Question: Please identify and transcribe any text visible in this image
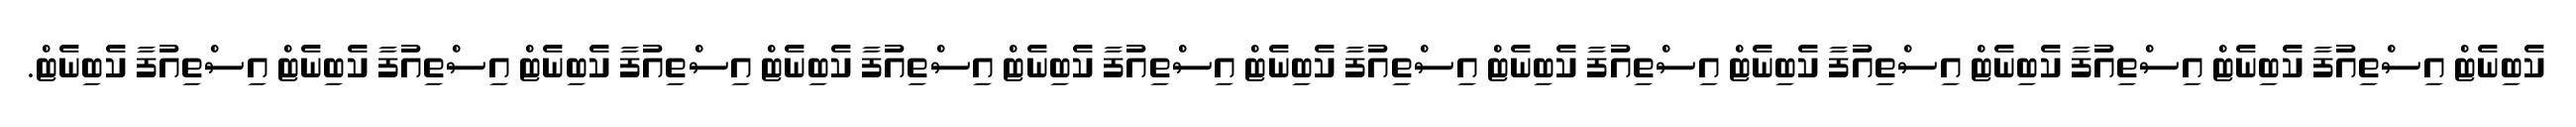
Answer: ކެބިނެޓް އިސްތިއުފާ ކެބިނެޓް އިސްތިއުފާ ކެބިނެޓް އިސްތިއުފާ ކެބިނެޓް އިސްތިއުފާ ކެބިނެޓް އިސްތިއުފާ ކެބިނެޓް އިސްތިއުފާ ކެބިނެޓް އިސްތިއުފާ ކެބިނެޓް އިސްތިއުފާ ކެބިނެޓް އިސްތިއުފާ ކެބިނެޓް އިސްތިއުފާ ކެބިނެޓް.